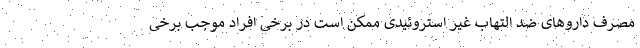
مصرف داروهای ضد التهاب غیر استروئیدی ممکن است در برخی افراد موجب برخی